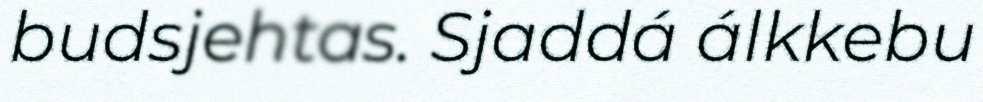
budsjehtas. Sjaddá álkkebu